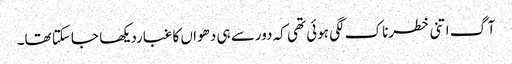
آگ اتنی خطرناک لگی ہوئی تھی کہ دورسے ہی دھواں کا غباردیکھا جاسکتا تھا۔